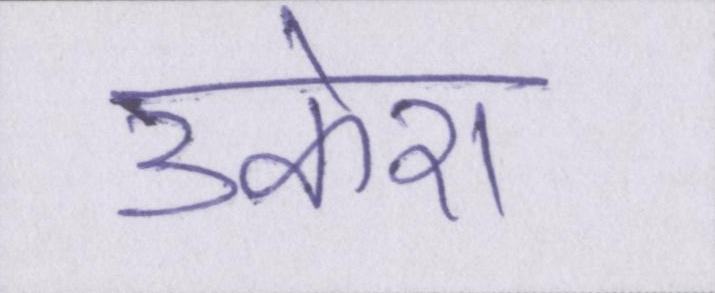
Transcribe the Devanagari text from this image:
उकेरा